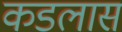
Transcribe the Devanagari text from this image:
कडलास